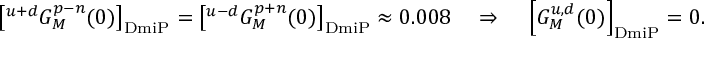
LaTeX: \left[ { } ^ { u + d } G _ { M } ^ { p - n } ( 0 ) \right] _ { \mathrm { D m i P } } = \left[ { } ^ { u - d } G _ { M } ^ { p + n } ( 0 ) \right] _ { \mathrm { D m i P } } \approx 0 . 0 0 8 ~ ~ ~ \Rightarrow ~ ~ ~ \left[ G _ { M } ^ { u , d } ( 0 ) \right] _ { \mathrm { D m i P } } = 0 .